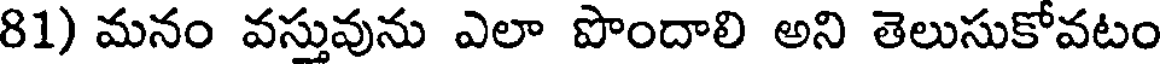
81) మనం వస్తువును ఎలా పొందాలి అని తెలుసుకోవటం